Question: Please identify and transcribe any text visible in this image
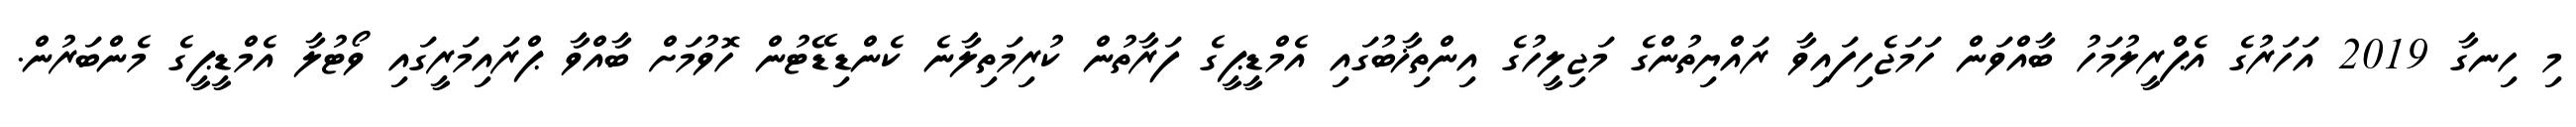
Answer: މި ހިނގާ 2019 އަހަރުގެ އެޕްރީލުމަހު ބާއްވަން ހަމަޖެހިފައިވާ ރައްޔިތުންގެ މަޖިލީހުގެ އިންތިޚާބުގައި އެމްޑީޕީގެ ފަރާތުން ކުރިމަތިލާނެ ކެންޑިޑޭޓުން ހޮވުމަށް ބާއްވާ ޕްރައިމަރީގައި ވޯޓުލާ އެމްޑީޕީގެ މެންބަރުން.